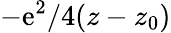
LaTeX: -\mathrm{e}^{2}/4(z-z_{0})